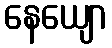
နေယျော